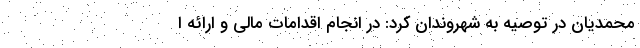
محمدیان در توصیه به شهروندان کرد: در انجام اقدامات مالی و ارائه ا